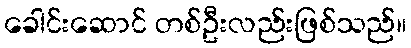
ခေါင်းဆောင် တစ်ဦးလည်းဖြစ်သည်။